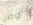
وظل